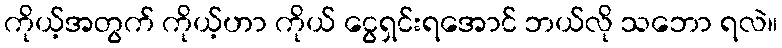
ကိုယ့်အတွက် ကိုယ့်ဟာ ကိုယ် ငွေရှင်းရအောင် ဘယ်လို သဘော ရလဲ။